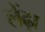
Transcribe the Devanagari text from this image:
लेंढ़ा